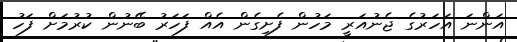
އަންނަ އަހަރުގެ ޖެނުއަރީ މަހުން ފެށިގެން އެއް ފަހަރު ބޭނުން ކުރުމަށް ފަހު